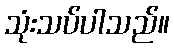
သုံးသပ်ပါသည်။